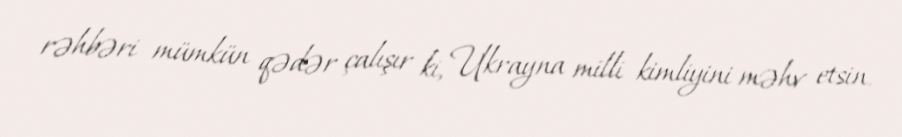
rəhbəri mümkün qədər çalışır ki, Ukrayna milli kimliyini məhv etsin.